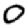
Digit: 0